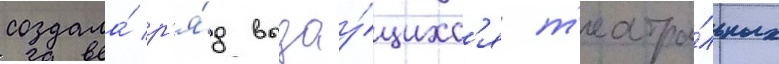
создала́ р'я́д выдау́щихс'я т'еатра́льных